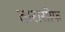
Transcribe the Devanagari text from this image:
तारासोफ